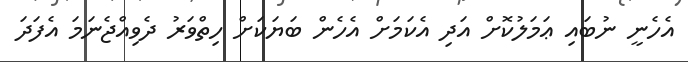
އެހެނީ ނުބައި ޢަމަލުކޮށް އަދި އެކަމަށް އެހެން ބަޔަކަށް ހިތްވަރު ދެވިއްޖެނަމަ އެފަދަ